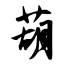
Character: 葫